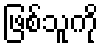
ဖြစ်သူကို